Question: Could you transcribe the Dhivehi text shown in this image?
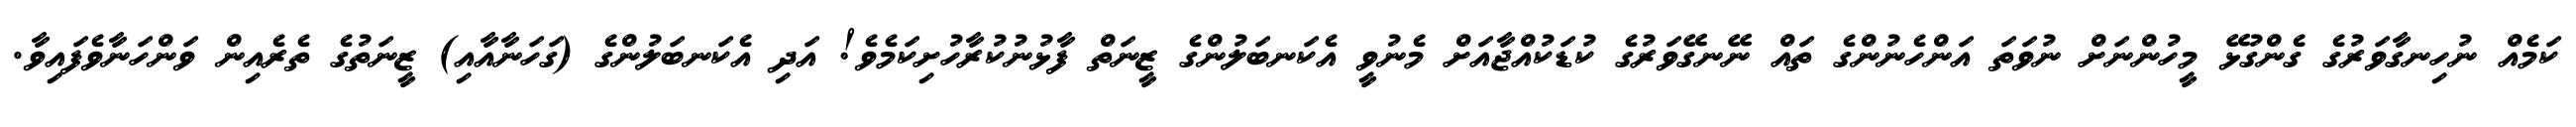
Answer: ކަމެއް ނުހިނގާވަރުގެ ގެންގުޅޭ މީހުންނަށް ނުވަތަ އަންހެނުންގެ ތައް ނޭނގޭވަރުގެ ކުޑަކުއްޖާއަށް މެނުވީ އެކަނބަލުންގެ ޒީނަތް ފާޅުނުކުރާހުށިކަމެވެ! އަދި އެކަނބަލުންގެ (ގަހަނާއާއި) ޒީނަތުގެ ތެރެއިން ވަންހަނާވެފައިވާ.